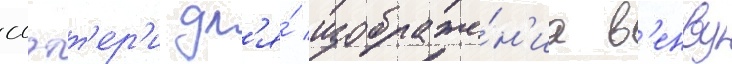
слэтт'ер'и дл'я́ изображе́н'иа в'енву